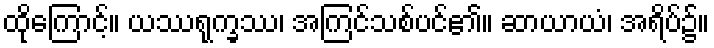
ထိုကြောင့်။ ယဿရုက္ခဿ၊ အကြင်သစ်ပင်၏။ ဆာယာယံ၊ အရိပ်၌။